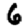
Digit: 6